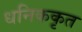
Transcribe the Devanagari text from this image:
धनिककृत